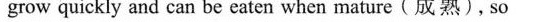
grow quickly and can be eaten when mature (成熟), so